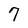
Character: 7